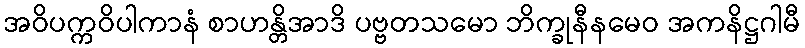
အဝိပက္ကဝိပါကာနံ စာဟန္တိအာဒိ ပဗ္ဗတသမော ဘိက္ခုနီနမေဝ အကနိဋ္ဌဂါမီ